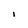
Character: 1